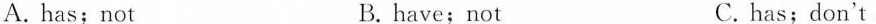
A.has;not B.have;not C.has;don't